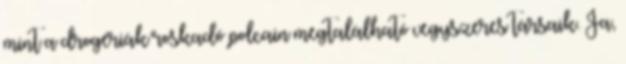
mint a drogériák roskadó polcain megtalálható vegyszeres társaik. Ja,